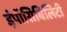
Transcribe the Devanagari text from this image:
इंपॉसिबिलिटी